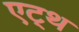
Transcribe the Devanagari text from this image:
एट्थ